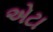
એટા